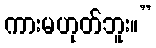
ကားမဟုတ်ဘူး။”